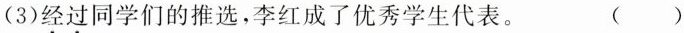
(3)经过同学们的推选，李红成了优秀学生代表。 ( )